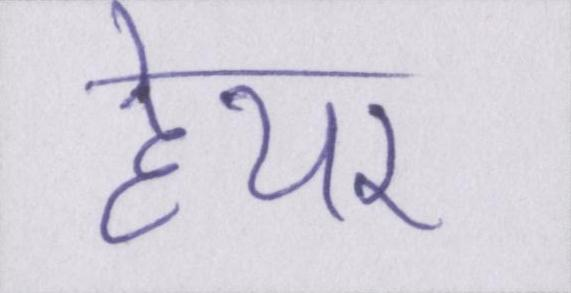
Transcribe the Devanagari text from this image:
हेयर